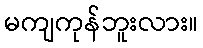
မကျကုန်ဘူးလား။